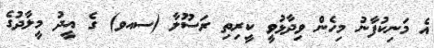
އެ މަނިކުފާނު މިހެން ވިދާޅުވީ ކީރިތި ރަސޫލާ (ސއވ) ގެ އީދު މީލާދުގެ